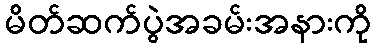
မိတ်ဆက်ပွဲအခမ်းအနားကို